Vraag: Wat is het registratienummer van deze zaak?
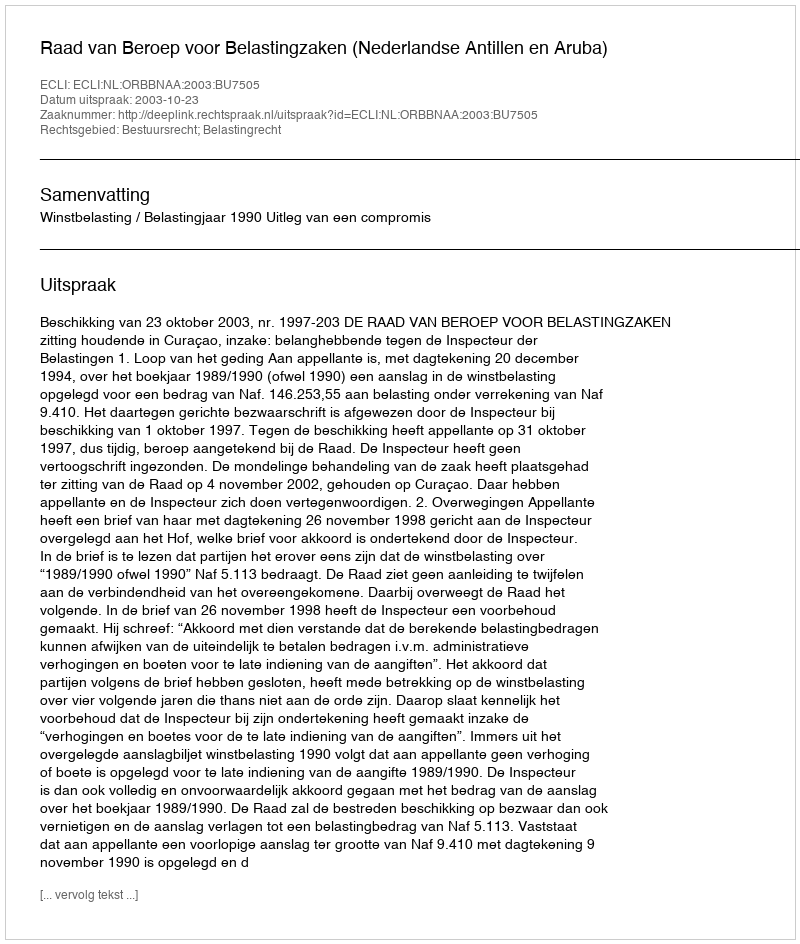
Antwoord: http://deeplink.rechtspraak.nl/uitspraak?id=ECLI:NL:ORBBNAA:2003:BU7505